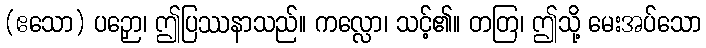
(ဧသော) ပဉှော၊ ဤပြဿနာသည်။ ကလ္လော၊ သင့်၏။ တတြ၊ ဤသို့ မေးအပ်သော